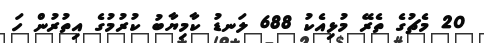
20 މެޗުގެ ތެރޭ މުޅިއެކު 688 ލަނޑު ކާމިޔާބު ކުރުމުގެ އިތުރުން ހަ